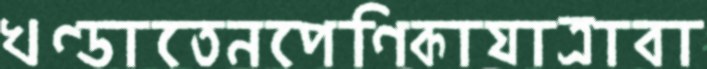
খণ্ডাতেনপেণিকাযাত্রাবা